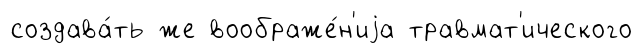
создава́ть же воображе́н'иjа травмат'ического